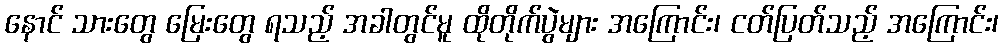
နောင် သားတွေ မြေးတွေ ရသည့် အခါတွင်မူ ထိုတိုက်ပွဲများ အကြောင်း၊ ငတ်ပြတ်သည့် အကြောင်း၊